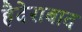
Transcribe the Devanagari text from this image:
हैदेराबाद